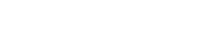
ပေးခဲ့ရပြီး ဖြစ်သည်။